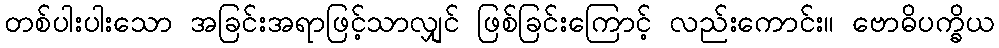
တစ်ပါးပါးသော အခြင်းအရာဖြင့်သာလျှင် ဖြစ်ခြင်းကြောင့် လည်းကောင်း။ ဗောဓိပက္ခိယ